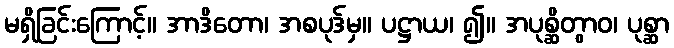
မရှိခြင်းကြောင့်။ အာဒိတော၊ အစပုဒ်မှ။ ပဋ္ဌာယ၊ ၍။ အပုစ္ဆိတွာဝ၊ ပုစ္ဆာ